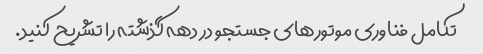
تکامل فناوری موتورهای جستجو در دهه گذشته را تشریح کنید.